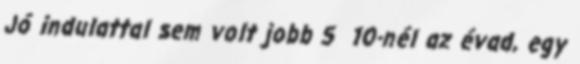
Jó indulattal sem volt jobb 5 10-nél az évad, egy